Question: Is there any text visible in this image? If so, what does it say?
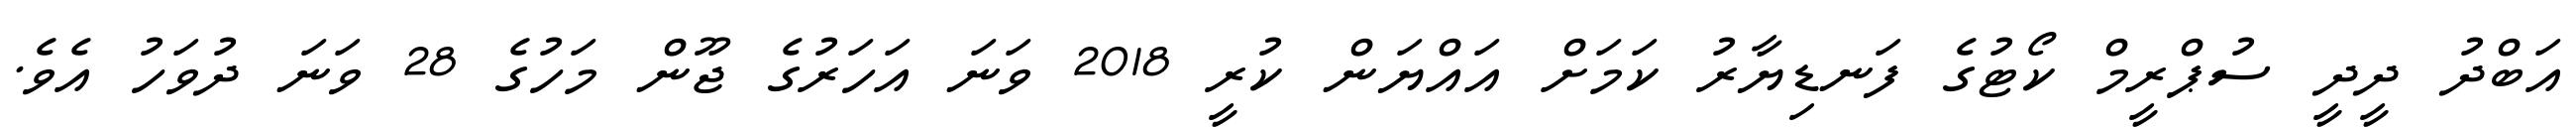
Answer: އަބްދު ދީދީ ސުޕްރީމް ކޯޓުގެ ފަނޑިޔާރު ކަމަށް އައްޔަން ކުރީ 2018 ވަނަ އަހަރުގެ ޖޫން މަހުގެ 28 ވަނަ ދުވަހު އެވެ.